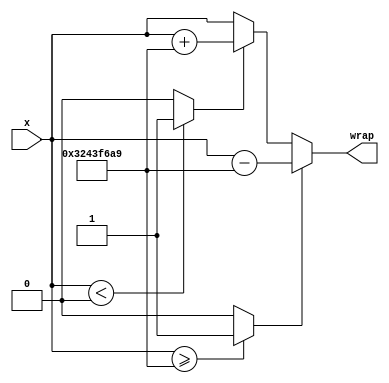
module controllerHdl_Wrap_2pi_Once
          (
           x,
           wrap
          );


  input   signed [31:0] x;  // sfix32_En27
  output  signed [31:0] wrap;  // sfix32_En27


  wire signed [31:0] Two_Pi1_out1;  // sfix32_En27
  wire Relational_Operator_relop1;
  wire signed [31:0] Two_Pi3_out1;  // sfix32_En27
  wire Relational_Operator1_relop1;
  wire signed [31:0] Two_Pi2_out1;  // sfix32_En27
  wire signed [31:0] Add2_out1;  // sfix32_En27
  wire signed [31:0] Switch1_out1;  // sfix32_En27
  wire signed [31:0] Two_Pi_out1;  // sfix32_En27
  wire signed [31:0] Add1_out1;  // sfix32_En27
  wire signed [31:0] Switch_out1;  // sfix32_En27

  // Wrap 2pi Once


  // <S25>/Two Pi1
  assign Two_Pi1_out1 = 32'sb00110010010000111111011010101001;



  // <S25>/Relational Operator
  assign Relational_Operator_relop1 = (x >= Two_Pi1_out1 ? 1'b1 :
              1'b0);



  // <S25>/Two Pi3
  assign Two_Pi3_out1 = 32'sb00000000000000000000000000000000;



  // <S25>/Relational Operator1
  assign Relational_Operator1_relop1 = (x < Two_Pi3_out1 ? 1'b1 :
              1'b0);



  // <S25>/Two Pi2
  assign Two_Pi2_out1 = 32'sb00110010010000111111011010101001;



  // <S25>/Add2
  assign Add2_out1 = x + Two_Pi2_out1;



  // <S25>/Switch1
  assign Switch1_out1 = (Relational_Operator1_relop1 == 1'b0 ? x :
              Add2_out1);



  // <S25>/Two Pi
  assign Two_Pi_out1 = 32'sb00110010010000111111011010101001;



  // <S25>/Add1
  // 
  // <S25>/Position_Hi_Data_Type
  assign Add1_out1 = x - Two_Pi_out1;



  // <S25>/Switch
  assign Switch_out1 = (Relational_Operator_relop1 == 1'b0 ? Switch1_out1 :
              Add1_out1);



  assign wrap = Switch_out1;

endmodule